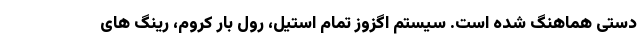
دستی هماهنگ شده است. سیستم اگزوز تمام استیل، رول بار کروم، رینگ های